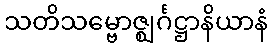
သတိသမ္ဗောဇ္ဈင်္ဂဋ္ဌာနိယာနံ